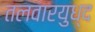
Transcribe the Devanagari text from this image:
तलवारयुध्द